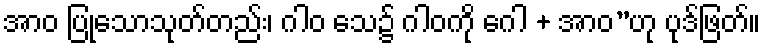
အာဝ ပြုသောသုတ်တည်း၊ ဂါဝ သေ၌ ဂါဝကို ဂေါ + အာဝ”ဟု ပုဒ်ဖြတ်။